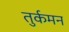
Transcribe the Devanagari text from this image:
तुर्कमन